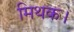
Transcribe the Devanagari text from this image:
मिथक।